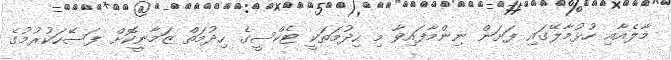
މާލެއާއި ހުޅުމާލޭގައި ފަށަން ނިންމާފައިވާ މި ހިދުމަތަކީ ޓެކްސީގެ ހިދުމަތް ޒަމާނީކޮށް ފަސޭހަކުރުމުގެ